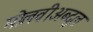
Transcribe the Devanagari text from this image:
मोलवीअब्दुल